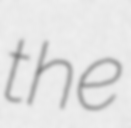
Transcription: the